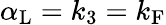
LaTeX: \alpha_{\mathrm{{L}}}=k_{3}=k_{\mathrm{{F}}}